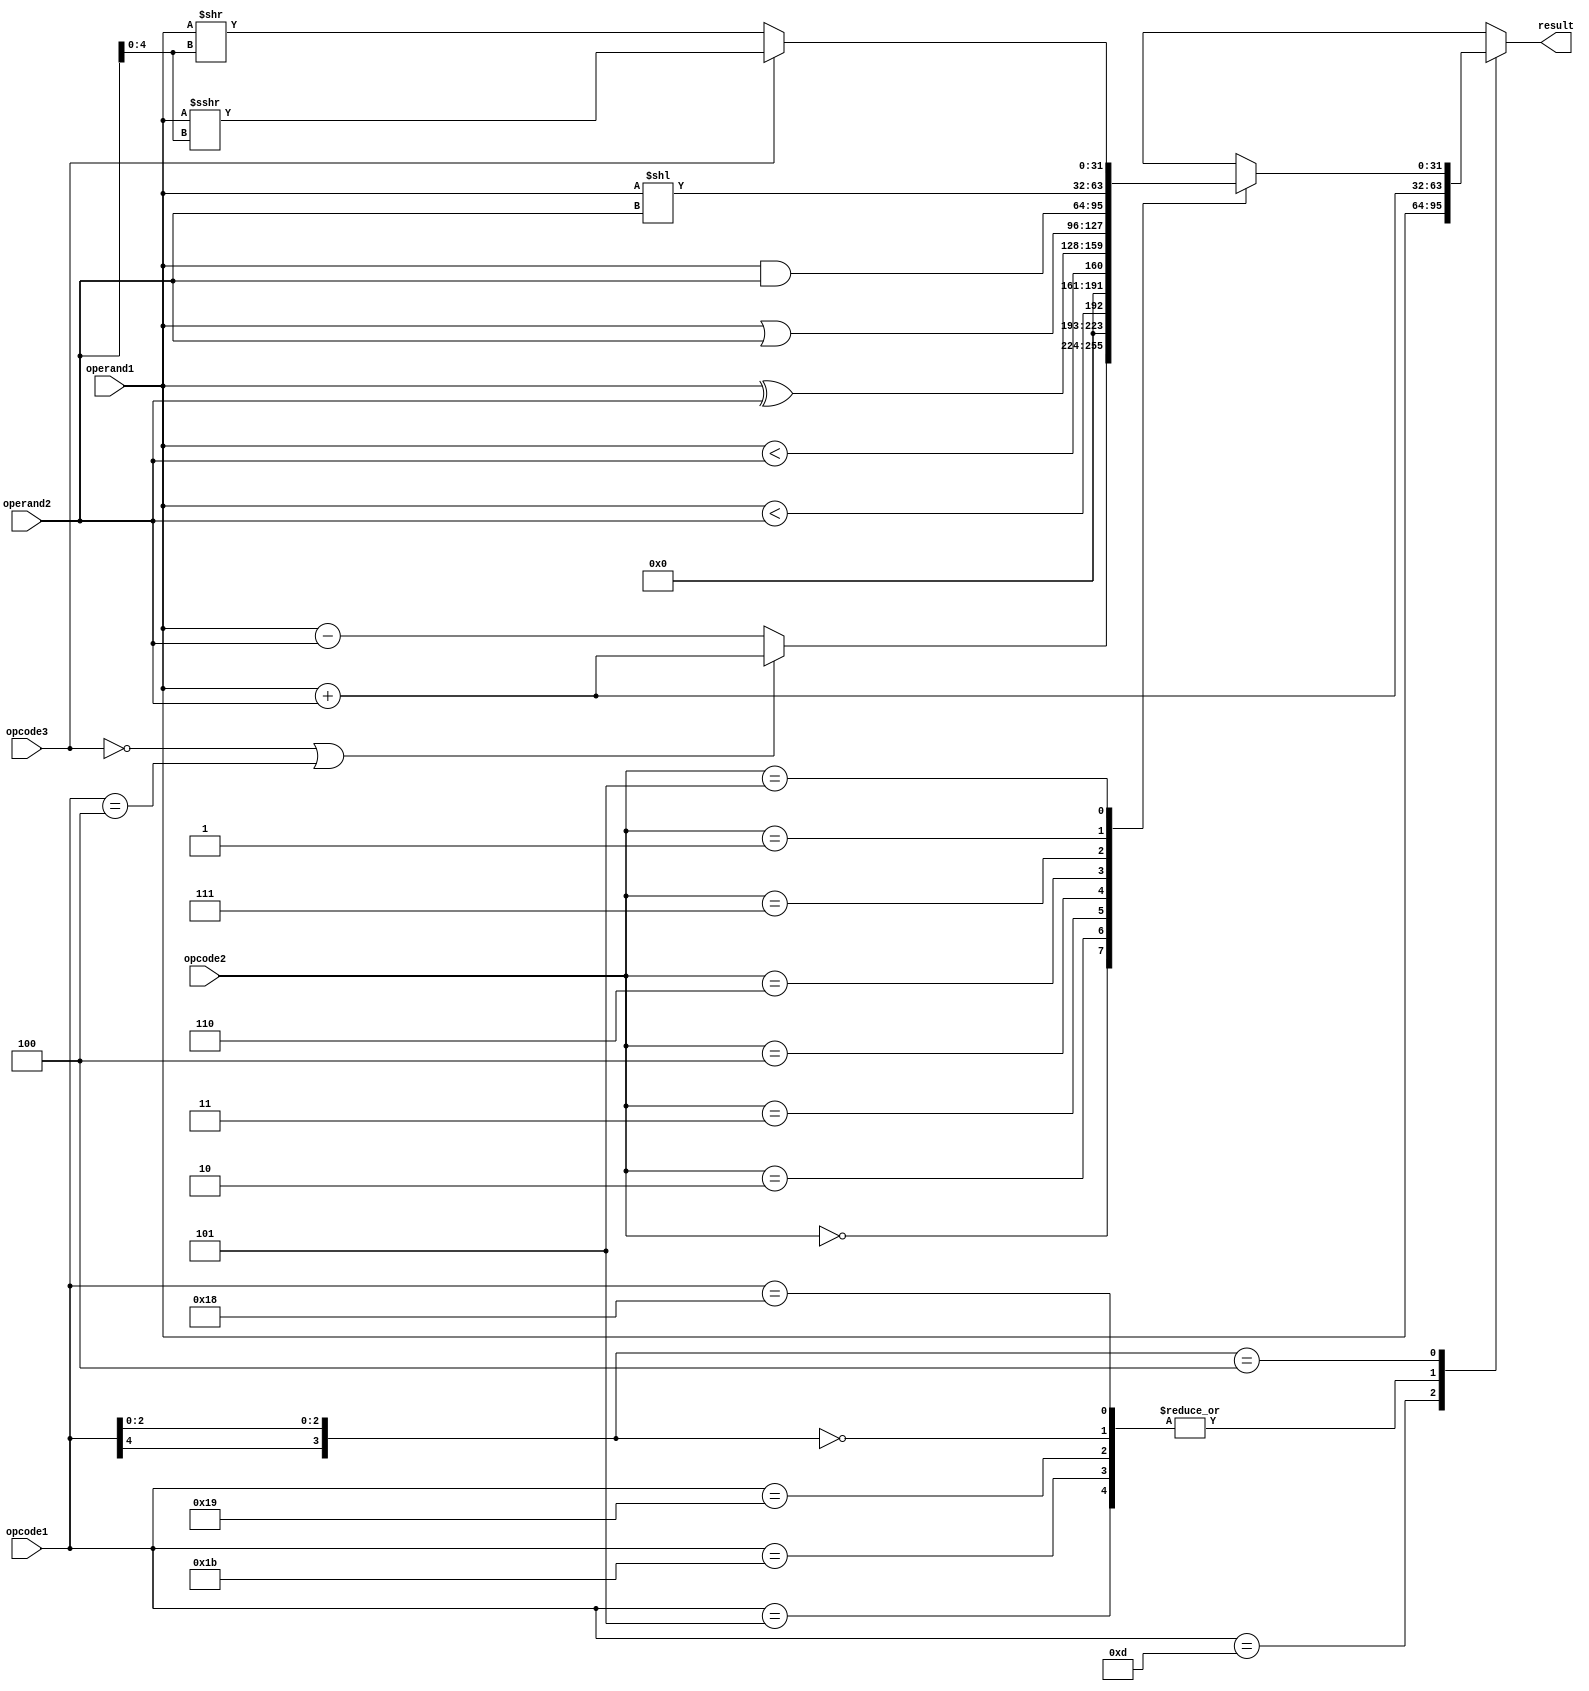
// opcodes for basic, 32-bit RISC-V arithmetic instructions (no extensions)
// (as well as other instructions which require the ALU to calculate
//  the target address of a memory store or load)

// if the 32-bit instruction is `i`, these are `i[6:2]`
`define LUI    5'b01101
`define AUIPC  5'b00101
`define JAL    5'b11011
`define JALR   5'b11001
`define BRANCH 5'b11000 // includes BEQ, BNE, BLT, BGE, BLTU, BGEU

// includes LB, LH, LW, LBU, LHU, SB, SH, SW; all get pointer by adding offset to register
// the 2nd bit determines if it is a load or a store
`define MEM    5'b0?000

// includes {ADD, SUB, SLL, SLT, SLTU, XOR, SRL, SRA, OR, AND}{,I}
// if the 2nd bit is 1, the operands are both in registers
// if the 2nd bit is 0, one operand is immediate
`define ARITH  5'b0?100
`define IMMED  5'b00100

// if the 32-bit instruction is `i`, these are `i[14:12]`
`define ADD   3'b000 // includes ADD, SUB, ADDI
`define SLT   3'b010 // includes SLT, SLTI
`define SLTU  3'b011 // includes SLTU, SLTUI
`define XOR   3'b100 // includes XOR, XORI
`define OR    3'b110 // includes OR, ORI
`define AND   3'b111 // includes AND, ANDI
`define SL    3'b001 // includes SLLI, SLL
`define SR    3'b101 // includes SRL, SRLI, SRA, SRAI

// if the 32-bit instruction is `i`, these are `i[30]`
`define _ADD  1'b0 // ADD and SUB are differentiated by 1 bit
`define _SUB  1'b1

`define _LOGICAL    1'b0 // SRL and SRA are differentiated by 1 bit
`define _ARITHMETIC 1'b1

module alu
(
  input [4:0] opcode1, // instruction[6:2]
  input [2:0] opcode2, // instruction[14:12]
  input       opcode3, // instruction[30]

  input [31:0] operand1,
  input [31:0] operand2,
  output reg [31:0] result
);

always @*
  casez (opcode1)
    `LUI:    result = operand1;
    `AUIPC:  result = operand1 + operand2;
    `JAL:    result = operand1 + operand2;
    `JALR:   result = operand1 + operand2;
    `MEM:    result = operand1 + operand2;
    `BRANCH: result = operand1 + operand2;
    `ARITH:
      case (opcode2)
        `ADD:  result = (opcode3 == `_ADD || opcode1 == `IMMED) ? (operand1 + operand2) : (operand1 - operand2);
        `SLT:  result = ($signed(operand1) < $signed(operand2));
        `SLTU: result = (operand1 < operand2);
        `XOR:  result = (operand1 ^ operand2);
        `OR:   result = (operand1 | operand2);
        `AND:  result = (operand1 & operand2);
        `SL:   result = (operand1 << operand2);
        `SR:   if (opcode3 == `_LOGICAL)
                  result = operand1 >> operand2[4:0];
               else
                  result = $signed(operand1) >>> operand2[4:0];
      endcase
    default: result = 32'bx;
  endcase

endmodule